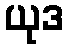
ယုဒ